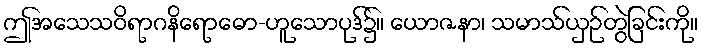
ဤအသေသဝိရာဂနိရောဓော-ဟူသောပုဒ်၌။ ယောဇနာ၊ သမာသ်ယှဉ်တွဲခြင်းကို။